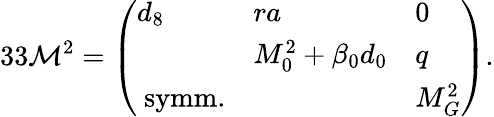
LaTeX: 33{\cal M}^{2}=\left(\begin{array}{lll}{{d_{8}}}&{{ra}}&{{0}}\\ {{}}&{{M_{0}^{2}+\beta_{0}d_{0}}}&{{q}}\\ {{\mathrm{~symm.}}}&{{}}&{{M_{G}^{2}}}\end{array}\right).